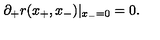
\partial _ { + } r ( x _ { + } , x _ { - } ) | _ { x _ { - } = 0 } = 0 .